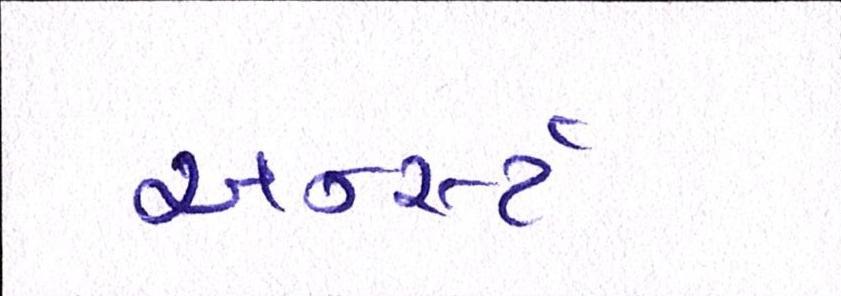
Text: અર્ન્સ્ટ